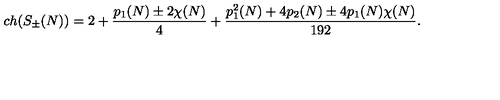
c h ( S _ { \pm } ( N ) ) = 2 + { \frac { p _ { 1 } ( N ) \pm 2 \chi ( N ) } { 4 } } + { \frac { p _ { 1 } ^ { 2 } ( N ) + 4 p _ { 2 } ( N ) \pm 4 p _ { 1 } ( N ) \chi ( N ) } { 1 9 2 } } .